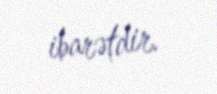
ibarətdir.